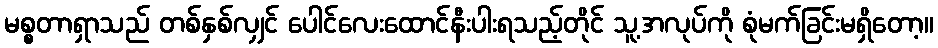
မစ္စတာရှာသည် တစ်နှစ်လျှင် ပေါင်လေးထောင်နီးပါးရသည့်တိုင် သူ့အလုပ်ကို စုံမက်ခြင်းမရှိတော့။